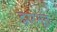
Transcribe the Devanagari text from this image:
द्वारभूत